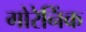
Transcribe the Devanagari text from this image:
गोरेनिंक